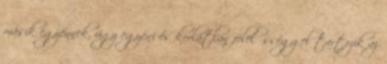
másik egyénnek, úgy egyéni és korlátlan felelősséggel tartozik az